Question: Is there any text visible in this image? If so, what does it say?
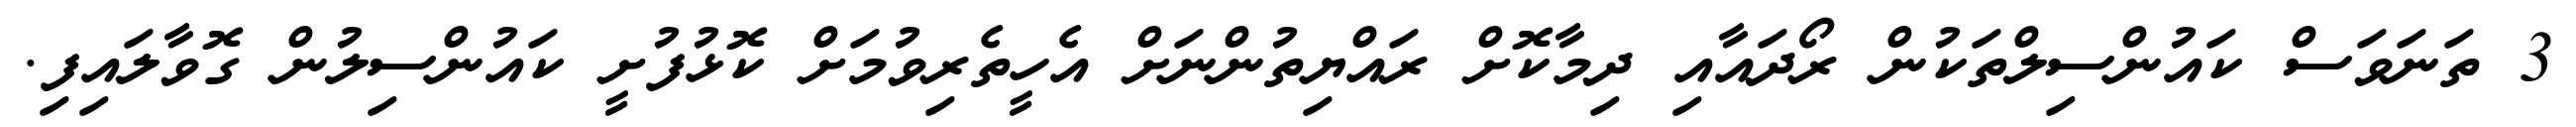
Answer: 3 ތަނަވަސް ކައުންސިލްތަކުން ރޯދައާއި ދިމާކޮށް ރައްޔިތުންނަށް އެހީތެރިވުމަށް ކޮޅުފުށީ ކައުންސިލުން ގޮވާލައިފި.